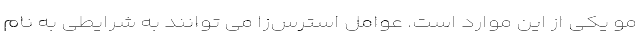
مو یکی از این موارد است. عوامل استرس‌زا می توانند به شرایطی به نام